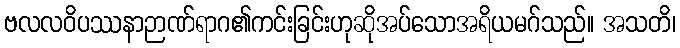
ဗလလဝိပဿနာဉာဏ်ရာဂ၏ကင်းခြင်းဟုဆိုအပ်သောအရိယမဂ်သည်။ အသတိ၊